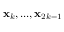
\mathbf { x } _ { k } , . . . , \mathbf { x } _ { 2 k - 1 }